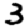
Digit: 3